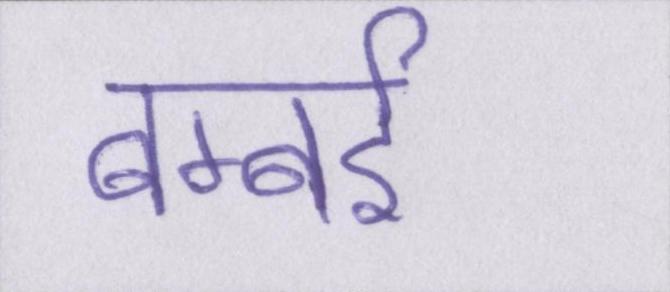
बम्बर्इ